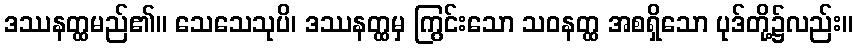
ဒဿနတ္ထမည်၏။ သေသေသုပိ၊ ဒဿနတ္ထမှ ကြွင်းသော သဝနတ္ထ အစရှိသော ပုဒ်တို့၌လည်း။